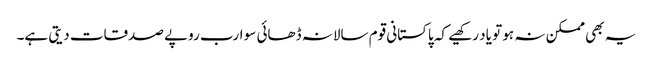
یہ بھی ممکن نہ ہو تو یاد رکھیے کہ پاکستانی قوم سالانہ ڈھائی سو ارب روپے صدقات دیتی ہے۔